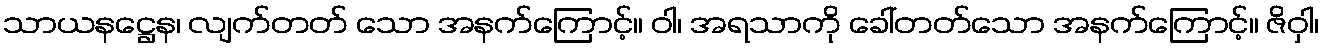
သာယနဋ္ဌေန၊ လျက်တတ် သော အနက်ကြောင့်။ ဝါ၊ အရသာကို ခေါ်တတ်သော အနက်ကြောင့်။ ဇိဝှါ၊